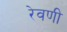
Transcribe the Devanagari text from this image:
रेवणी